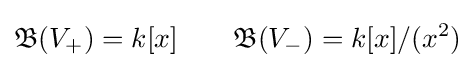
{\mathfrak {B}}(V_{+})=k[x]\qquad {\mathfrak {B}}(V_{-})=k[x]/(x^{2})